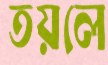
তয়লে